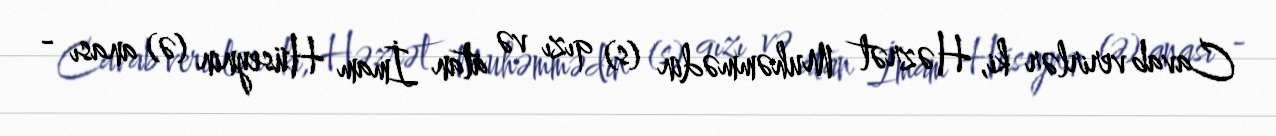
Cavab verirlər ki, Həzrət Muhəmmədin (s) qızı və atan İmam Hüseynin (ə) anası -